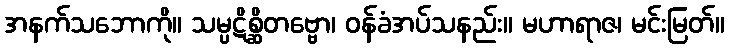
အနက်သဘောကို။ သမ္ပဋိစ္ဆိတဗ္ဗော၊ ဝန်ခံအပ်သနည်း။ မဟာရာဇ၊ မင်းမြတ်။